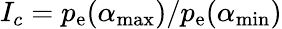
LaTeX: I_{c}=p_{\mathrm{e}}(\alpha_{\mathrm{max}})/p_{\mathrm{e}}(\alpha_{\mathrm{min}})